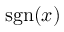
\operatorname { s g n } ( x )